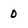
Character: 0